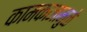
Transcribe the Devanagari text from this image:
कामकाजामुळे